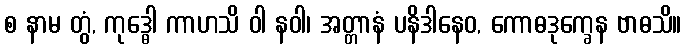
စ နာမ တွံ, ကုဒ္ဓေါ ကာဟသိ ဝါ နဝါ၊ အတ္တာနံ ပနိဒါနေဝ, ကောဓဒုက္ခေန ဗာဓသိ။